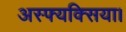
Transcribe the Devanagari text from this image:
अस्फ्यक्सिया।